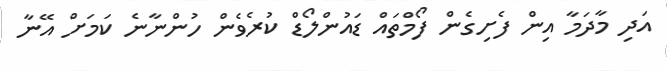
އަދި މާދަމާ އިން ފެށިގެން ފޯމްތައް ޑައުންލޯޑް ކުރެވެން ހުންނާނެ ކަމަށް އޭނާ